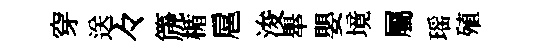
穿送々篪楯扈浚舉嬰境屬瑶殖